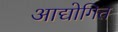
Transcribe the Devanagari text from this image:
आद्योगित